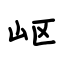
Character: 岖